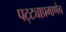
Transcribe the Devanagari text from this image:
पट्ट्याप्रमाणेच